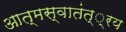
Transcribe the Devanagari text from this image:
आत्मस्वातंत््रय